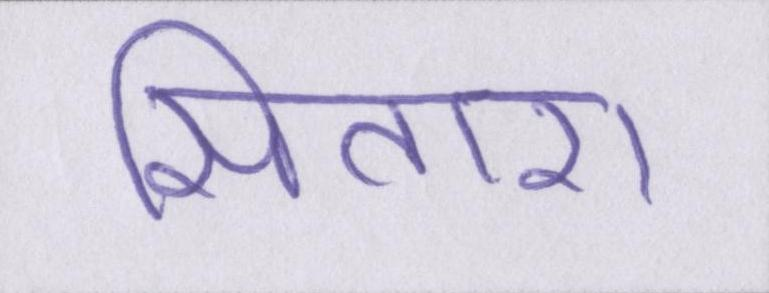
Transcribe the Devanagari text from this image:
सितारा